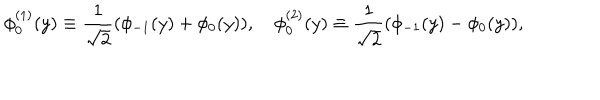
\phi _ { 0 } ^ { ( 1 ) } ( y ) \equiv \frac { 1 } { \sqrt { 2 } } ( \phi _ { - 1 } ( y ) + \phi _ { 0 } ( y ) ) , \quad \phi _ { 0 } ^ { ( 2 ) } ( y ) \equiv \frac { 1 } { \sqrt { 2 } } ( \phi _ { - 1 } ( y ) - \phi _ { 0 } ( y ) ) ,